Statistics compiled by the Government of India from the reports of provincial Civil Veterinary Departments
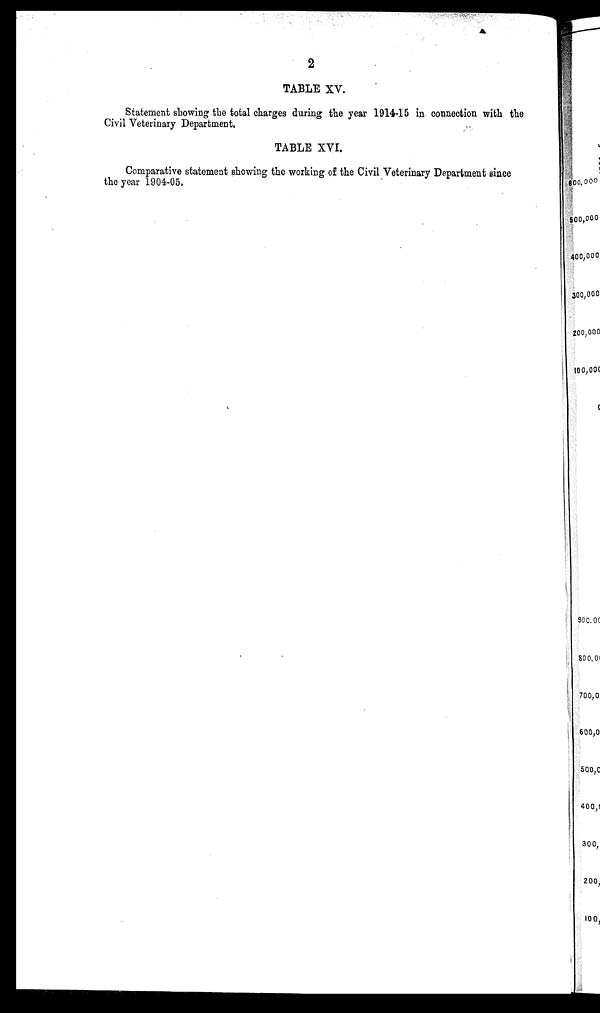
2
TABLE XV.
Statement showing the total charges during the year 1914-15 in connection with the
Civil Veterinary Department,
TABLE XVI.
Comparative statement showing the working of the Civil Veterinary Department since
the year 1904-05.